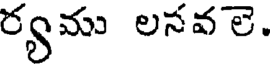
ర్యము లనవలె.